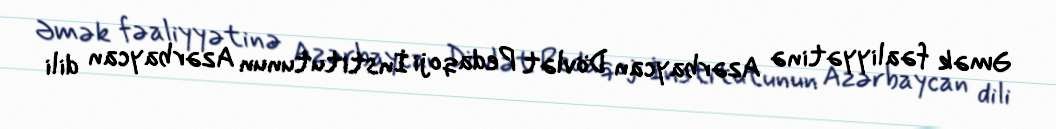
Əmək fəaliyyətinə Azərbaycan Dövlət Pedaqoji İnstitutunun Azərbaycan dili